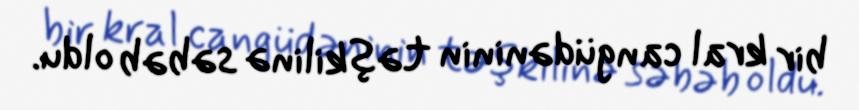
bir kral cangüdəninin təşkilinə səbəb oldu.